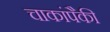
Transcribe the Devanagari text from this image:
चाकांपैकी